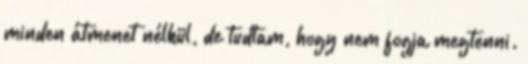
minden átmenet nélkül, de tudtam, hogy nem fogja megtenni.